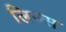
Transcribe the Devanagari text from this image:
लिज्स